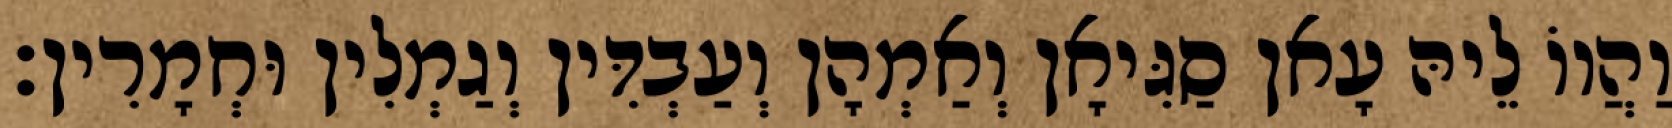
וַהֲווֹ לֵיהּ עָאן סַגִּיאָן וְאַמְהָן וְעַבְדִּין וְגַמְלִין וּחְמָרִין׃